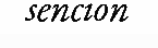
sencion